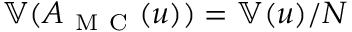
\mathbb { V } ( A _ { \mathrm { ~ M ~ C ~ } } ( u ) ) = \mathbb { V } ( u ) / N